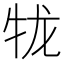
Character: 𪺪